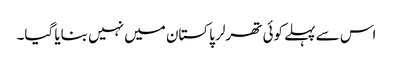
اس سے پہلے کوئی تھرلر پاکستان میں نہیں بنایا گیا۔